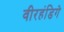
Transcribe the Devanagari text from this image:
वीरहंडिगे